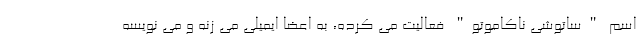
اسم "ساتوشی ناکاموتو" فعالیت می کرده، به اعضا ایمیلی می زنه و می نویسه